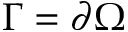
\Gamma = \partial \Omega